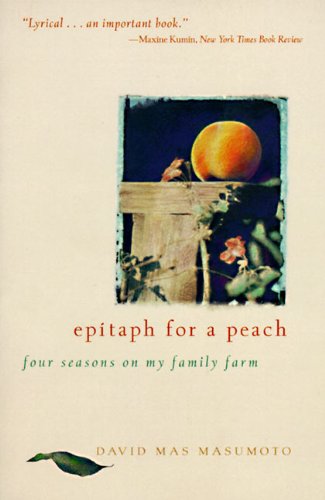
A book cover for Epitaph for a Peach: Four Seasons on My Family Farm; David M. Masumoto; Cookbooks, Food & Wine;